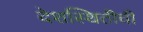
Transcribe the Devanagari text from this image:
देशस्थितीची